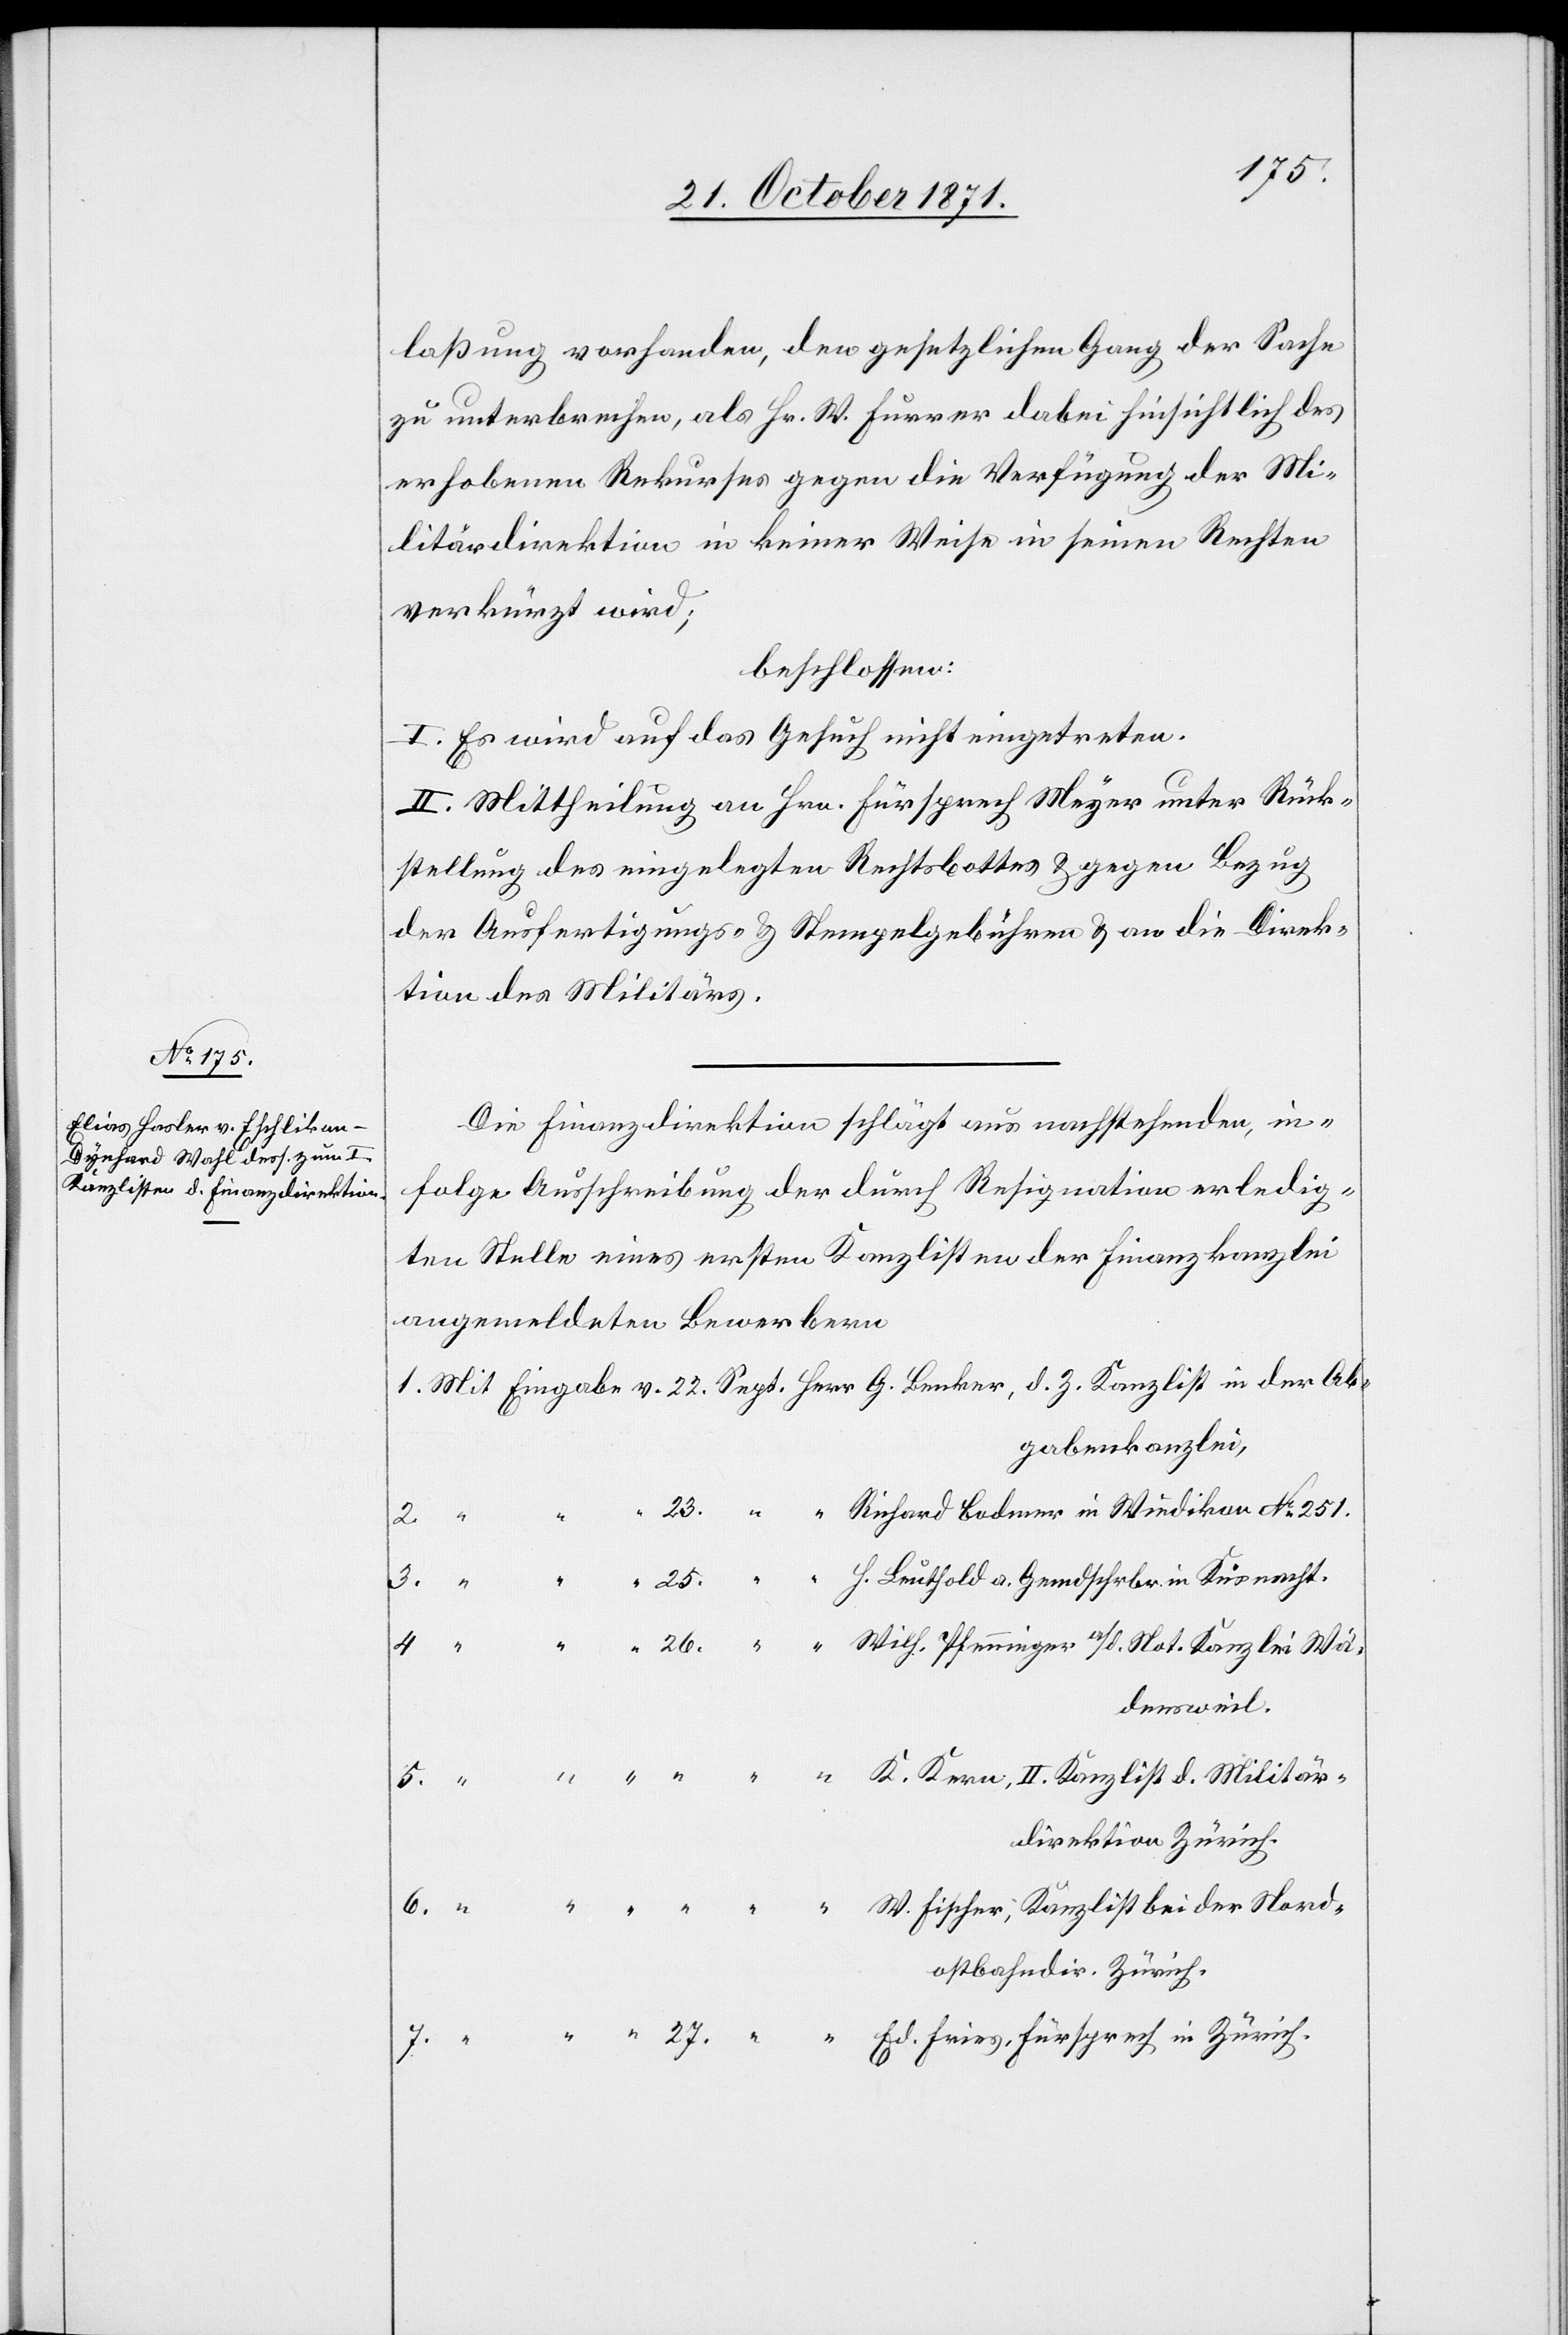
Militär¬

laßung vorhanden, den gesetzlichen Gang der Sache
zu unterbrechen, als Hr. W. Furrer dabei hinsichtlich des
erhobenen Rekurses gegen die Verfügung der Mi¬
litärdirektion in keiner Weise in seinen Rechten
verkürzt wird;
beschlossen:
I. Es wird auf das Gesuch nicht eingetreten.
II. Mittheilung an Hrn. Fürsprech Meyer unter Rück¬
stellung des eingelegten Rechtsbottes & gegen Bezug
der Ausfertigungs- & Stempelgebühren & an die Direk¬
tion des Militärs.
Die Finanzdirektion schlägt aus nachstehenden, in
Folge Ausschreibung der durch Resignation erledig¬
ten Stelle eines ersten Kanzlisten der Finanzkanzlei
angemeldeten Bewerbern
gabenkanzlei,
27.
densweil.
direktion Zürich.
ostbahndir. Zürich.